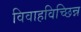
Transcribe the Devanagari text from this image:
विवाहविच्छिन्न